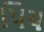
પિય